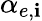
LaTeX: \alpha_{e,\mathbf{i}}